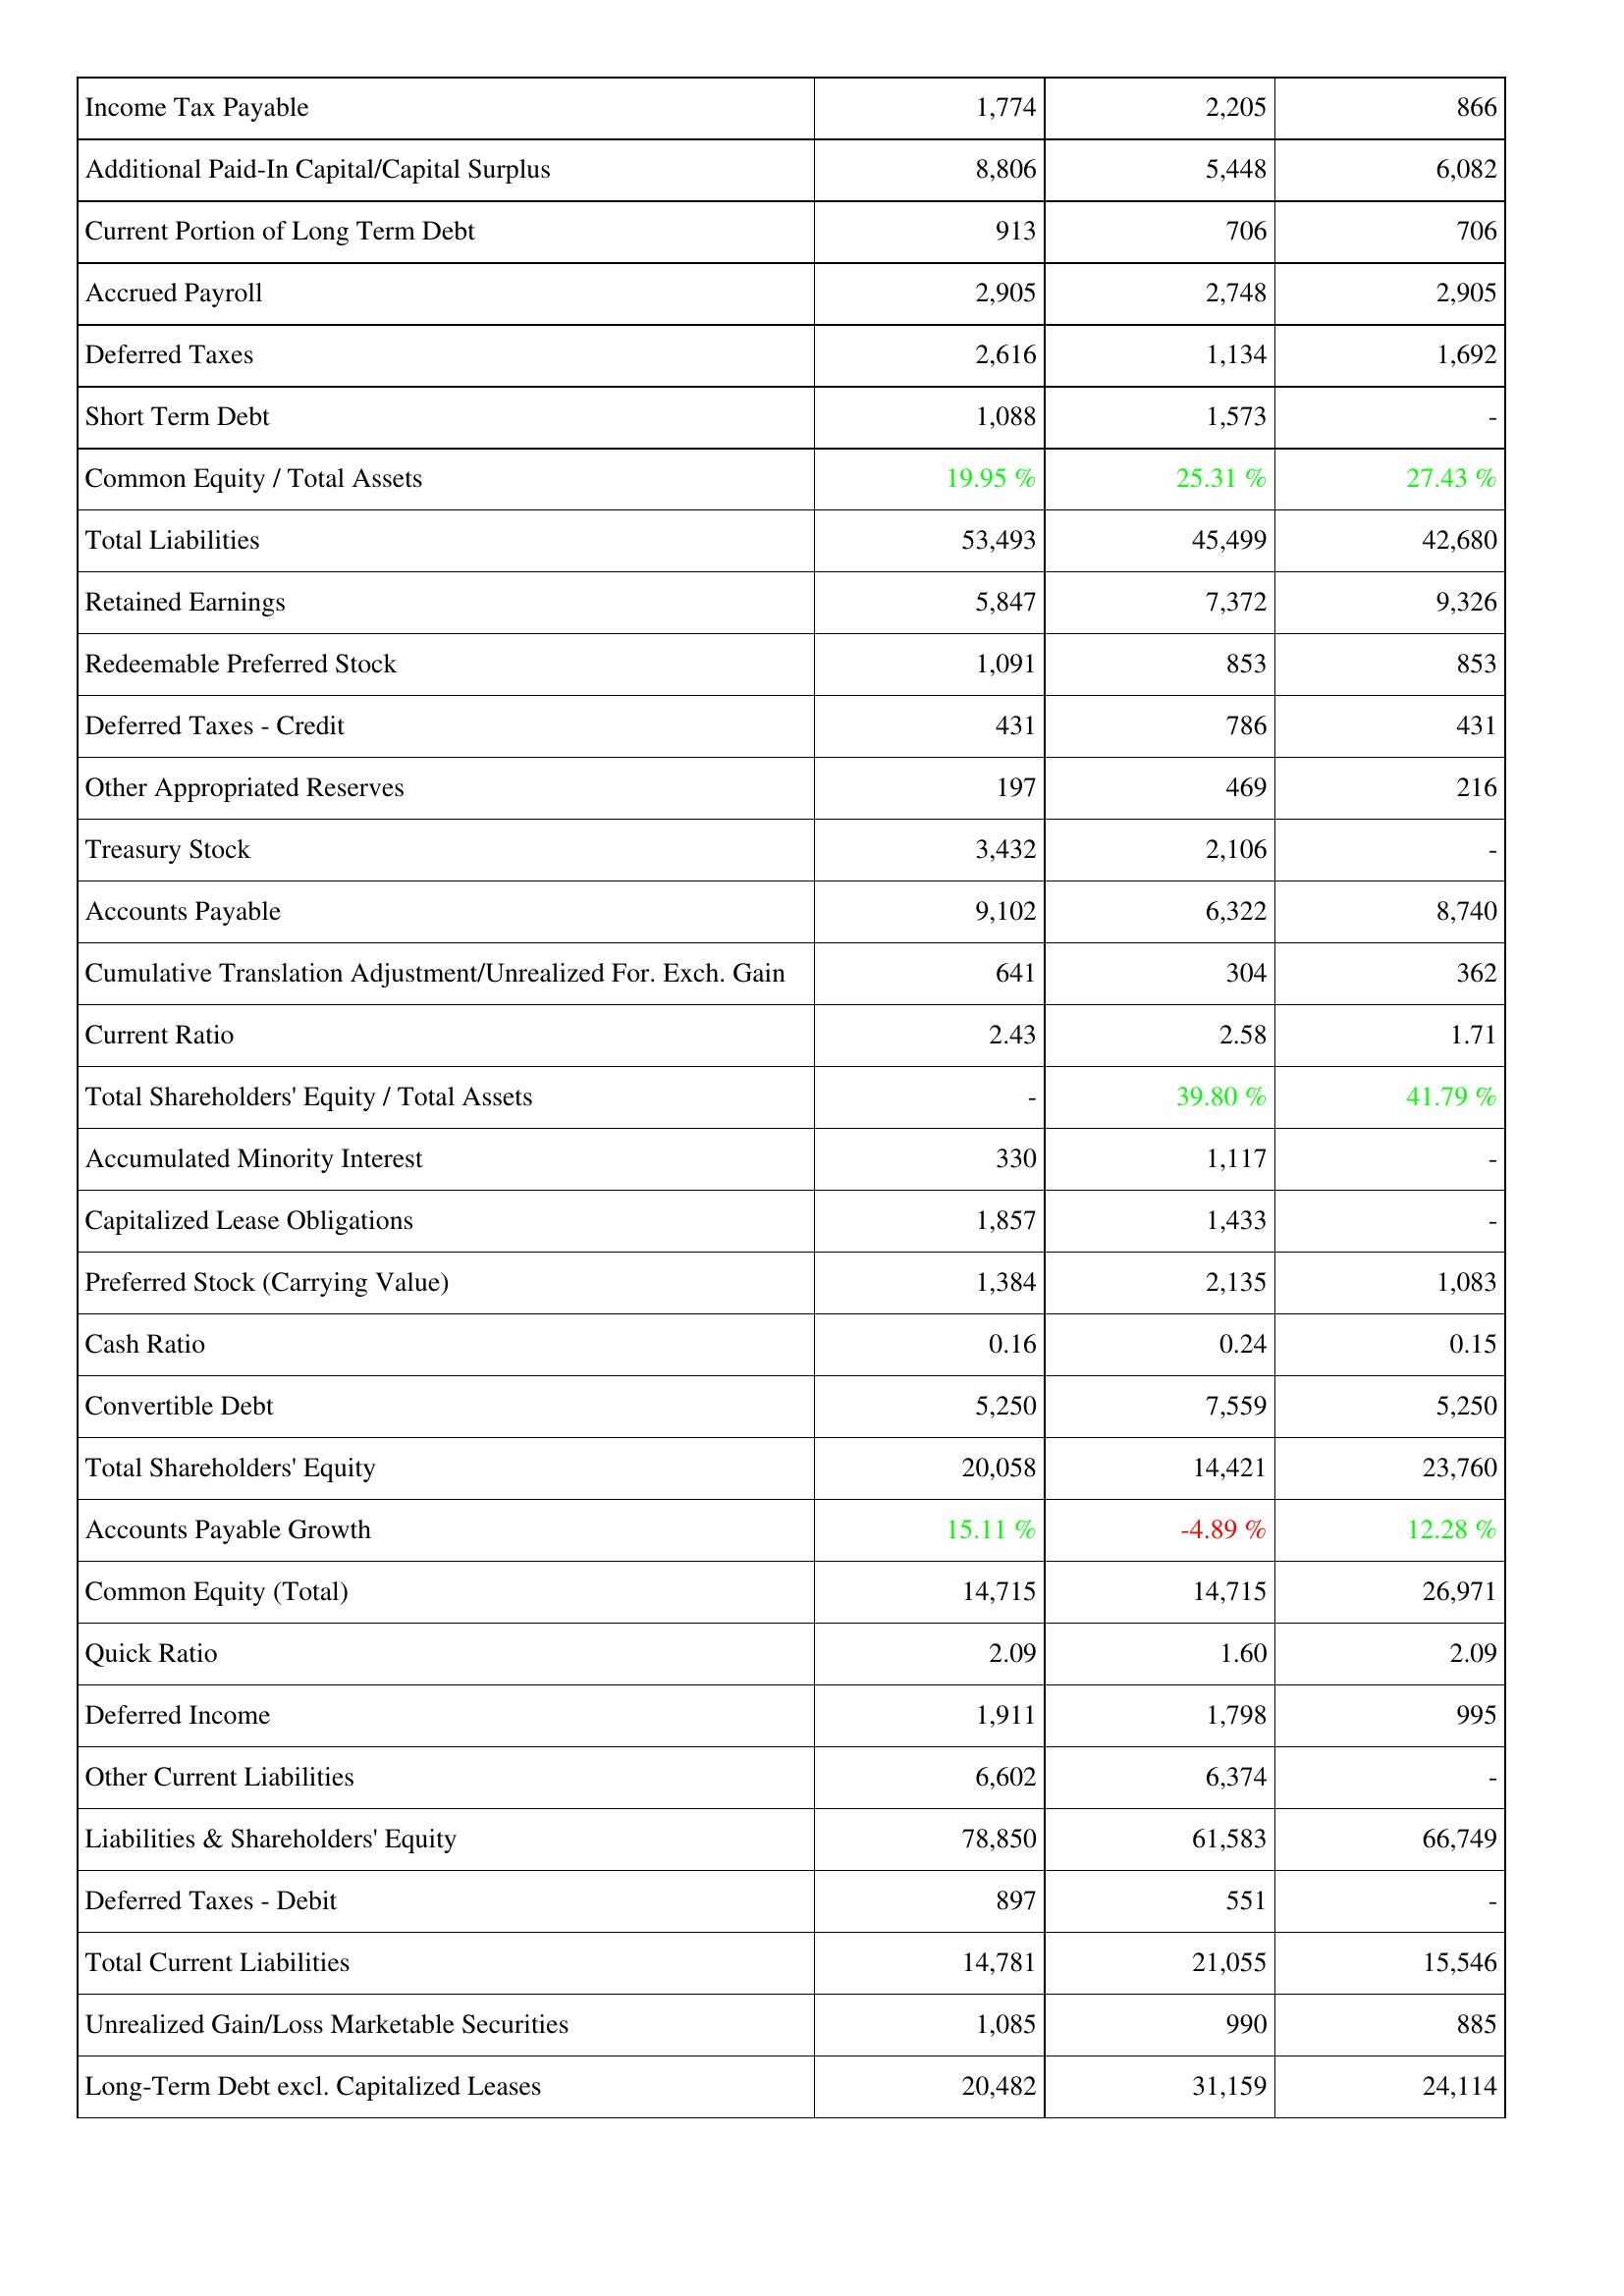
2011: Liabilities & Shareholders' Equity: Income Tax Payable: 1,774
Additional Paid-In Capital/Capital Surplus: 8,806
Current Portion of Long Term Debt: 913
Accrued Payroll: 2,905
Deferred Taxes: 2,616
Short Term Debt: 1,088
Common Equity / Total Assets: 19.95 %
Total Liabilities: 53,493
Retained Earnings: 5,847
Redeemable Preferred Stock: 1,091
Deferred Taxes - Credit: 431
Other Appropriated Reserves: 197
Treasury Stock: 3,432
Accounts Payable: 9,102
Cumulative Translation Adjustment/Unrealized For. Exch. Gain: 641
Current Ratio: 2.43
Total Shareholders' Equity / Total Assets: -
Accumulated Minority Interest: 330
Capitalized Lease Obligations: 1,857
Preferred Stock (Carrying Value): 1,384
Cash Ratio: 0.16
Convertible Debt: 5,250
Total Shareholders' Equity: 20,058
Accounts Payable Growth: 15.11 %
Common Equity (Total): 14,715
Quick Ratio: 2.09
Deferred Income: 1,911
Other Current Liabilities: 6,602
Liabilities & Shareholders' Equity: 78,850
Deferred Taxes - Debit: 897
Total Current Liabilities: 14,781
Unrealized Gain/Loss Marketable Securities: 1,085
Long-Term Debt excl. Capitalized Leases: 20,482
2012: Liabilities & Shareholders' Equity: Income Tax Payable: 2,205
Additional Paid-In Capital/Capital Surplus: 5,448
Current Portion of Long Term Debt: 706
Accrued Payroll: 2,748
Deferred Taxes: 1,134
Short Term Debt: 1,573
Common Equity / Total Assets: 25.31 %
Total Liabilities: 45,499
Retained Earnings: 7,372
Redeemable Preferred Stock: 853
Deferred Taxes - Credit: 786
Other Appropriated Reserves: 469
Treasury Stock: 2,106
Accounts Payable: 6,322
Cumulative Translation Adjustment/Unrealized For. Exch. Gain: 304
Current Ratio: 2.58
Total Shareholders' Equity / Total Assets: 39.80 %
Accumulated Minority Interest: 1,117
Capitalized Lease Obligations: 1,433
Preferred Stock (Carrying Value): 2,135
Cash Ratio: 0.24
Convertible Debt: 7,559
Total Shareholders' Equity: 14,421
Accounts Payable Growth: -4.89 %
Common Equity (Total): 14,715
Quick Ratio: 1.60
Deferred Income: 1,798
Other Current Liabilities: 6,374
Liabilities & Shareholders' Equity: 61,583
Deferred Taxes - Debit: 551
Total Current Liabilities: 21,055
Unrealized Gain/Loss Marketable Securities: 990
Long-Term Debt excl. Capitalized Leases: 31,159
2013: Liabilities & Shareholders' Equity: Income Tax Payable: 866
Additional Paid-In Capital/Capital Surplus: 6,082
Current Portion of Long Term Debt: 706
Accrued Payroll: 2,905
Deferred Taxes: 1,692
Short Term Debt: -
Common Equity / Total Assets: 27.43 %
Total Liabilities: 42,680
Retained Earnings: 9,326
Redeemable Preferred Stock: 853
Deferred Taxes - Credit: 431
Other Appropriated Reserves: 216
Treasury Stock: -
Accounts Payable: 8,740
Cumulative Translation Adjustment/Unrealized For. Exch. Gain: 362
Current Ratio: 1.71
Total Shareholders' Equity / Total Assets: 41.79 %
Accumulated Minority Interest: -
Capitalized Lease Obligations: -
Preferred Stock (Carrying Value): 1,083
Cash Ratio: 0.15
Convertible Debt: 5,250
Total Shareholders' Equity: 23,760
Accounts Payable Growth: 12.28 %
Common Equity (Total): 26,971
Quick Ratio: 2.09
Deferred Income: 995
Other Current Liabilities: -
Liabilities & Shareholders' Equity: 66,749
Deferred Taxes - Debit: -
Total Current Liabilities: 15,546
Unrealized Gain/Loss Marketable Securities: 885
Long-Term Debt excl. Capitalized Leases: 24,114